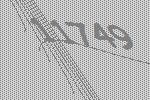
11749